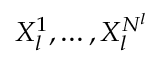
X _ { l } ^ { 1 } , \dots , X _ { l } ^ { N ^ { l } }